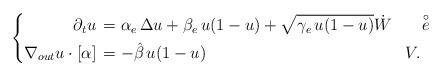
LaTeX: \begin{align*}\left\{\begin{aligned}\partial_t u &\,= \alpha_e\,\Delta u +\beta_e\,u(1-u) + \sqrt{\gamma_e\,u(1-u)}\dot{W}& &\quad\overset{\circ}{e} \\\nabla_{out}u\cdot [\alpha] &\,= -\hat{\beta}\, u(1-u) & &V.\end{aligned}\right.\end{align*}